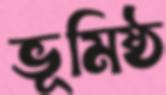
ভূমিষ্ঠ